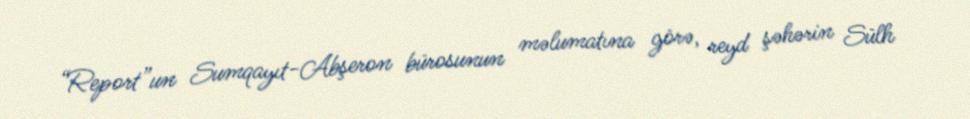
“Report”un Sumqayıt-Abşeron bürosunun məlumatına görə, reyd şəhərin Sülh